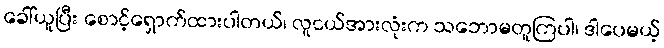
ခေါ်ယူပြီး စောင့်ရှောက်ထားပါတယ်၊ လူငယ်အားလုံးက သဘောမတူကြပါ၊ ဒါပေမယ့်